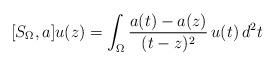
LaTeX: \begin{align*}[S_\Omega,a]u(z)=\int_\Omega \frac{a(t)-a(z)}{(t-z)^2}\,u(t)\,d^2t\end{align*}